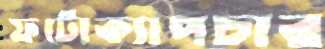
ফটোক্যাপচার